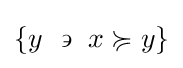
\left\{y~\backepsilon ~x\succcurlyeq y\right\}